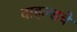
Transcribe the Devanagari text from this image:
वाइल्डचे